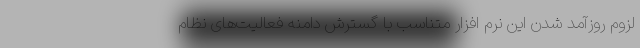
لزوم روزآمد شدن این نرم افزار متناسب با گسترش دامنه فعالیت‌های نظام